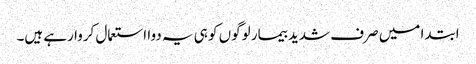
ابتدا میں صرف شدید بیمار لوگوں کو ہی یہ دوا استعمال کروا رہے ہیں۔